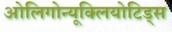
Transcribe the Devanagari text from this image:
ओलिगोन्यूक्लियोटिड्स